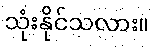
သုံးနိုင်သလား။